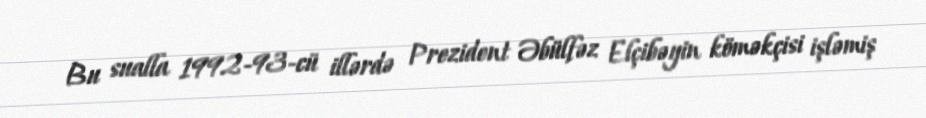
Bu sualla 1992-93-cü illərdə Prezident Əbülfəz Elçibəyin köməkçisi işləmiş